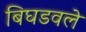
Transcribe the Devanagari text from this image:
बिघडवले